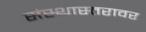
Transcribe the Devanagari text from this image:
संस्थास्तरावर